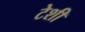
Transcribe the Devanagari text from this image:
टेशी